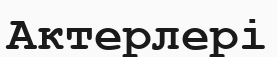
Актерлері